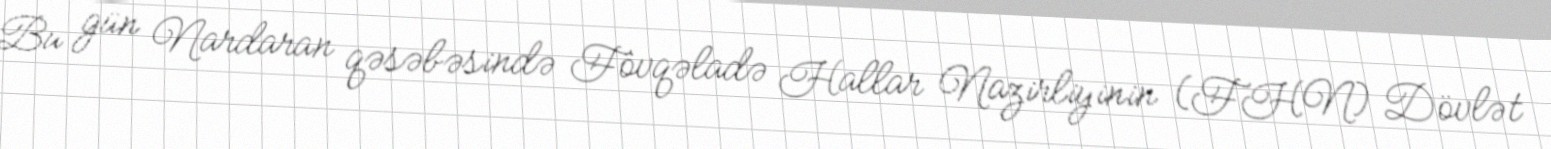
Bu gün Nardaran qəsəbəsində Fövqəladə Hallar Nazirliyinin (FHN) Dövlət